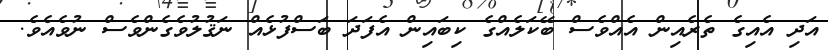
އަދި އެއިގެ ތެރެއިން އެއްވެސް ބޭކަލެއްގެ ކިބައިން އެފަދަ ބަސްފުޅެއް ނަޤުލުވެގެންވެސް ނުވެއެވެ.